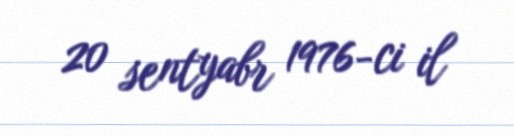
20 sentyabr 1976-ci il